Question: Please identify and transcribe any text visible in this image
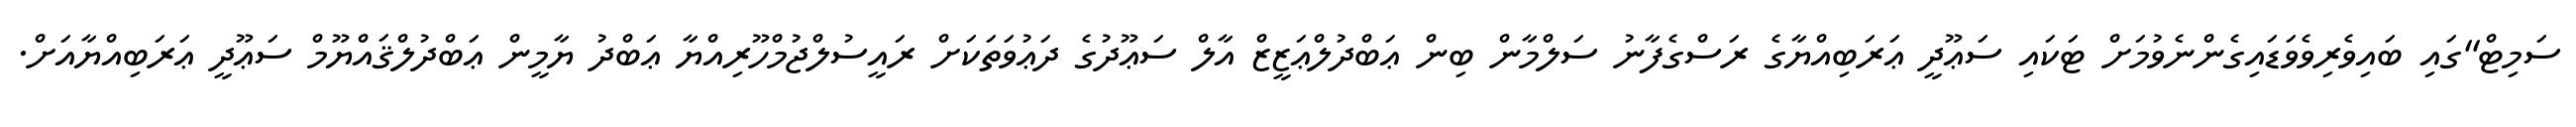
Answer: ސަމިޓް"ގައި ބައިވެރިވެވަޑައިގެންނެވުމަށް ޓަކައި ސަޢޫދީ ޢަރަބިއްޔާގެ ރަސްގެފާނު ސަލްމާން ބިން ޢަބްދުލްޢަޒީޒް އާލް ސަޢޫދުގެ ދަޢުވަތަކަށް ރައީސުލްޖުމްހޫރިއްޔާ ޢަބްދު ޔާމީން ޢަބްދުލްޤައްޔޫމް ސަޢޫދީ ޢަރަބިއްޔާއަށް.